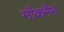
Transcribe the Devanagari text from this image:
मॉकमैन